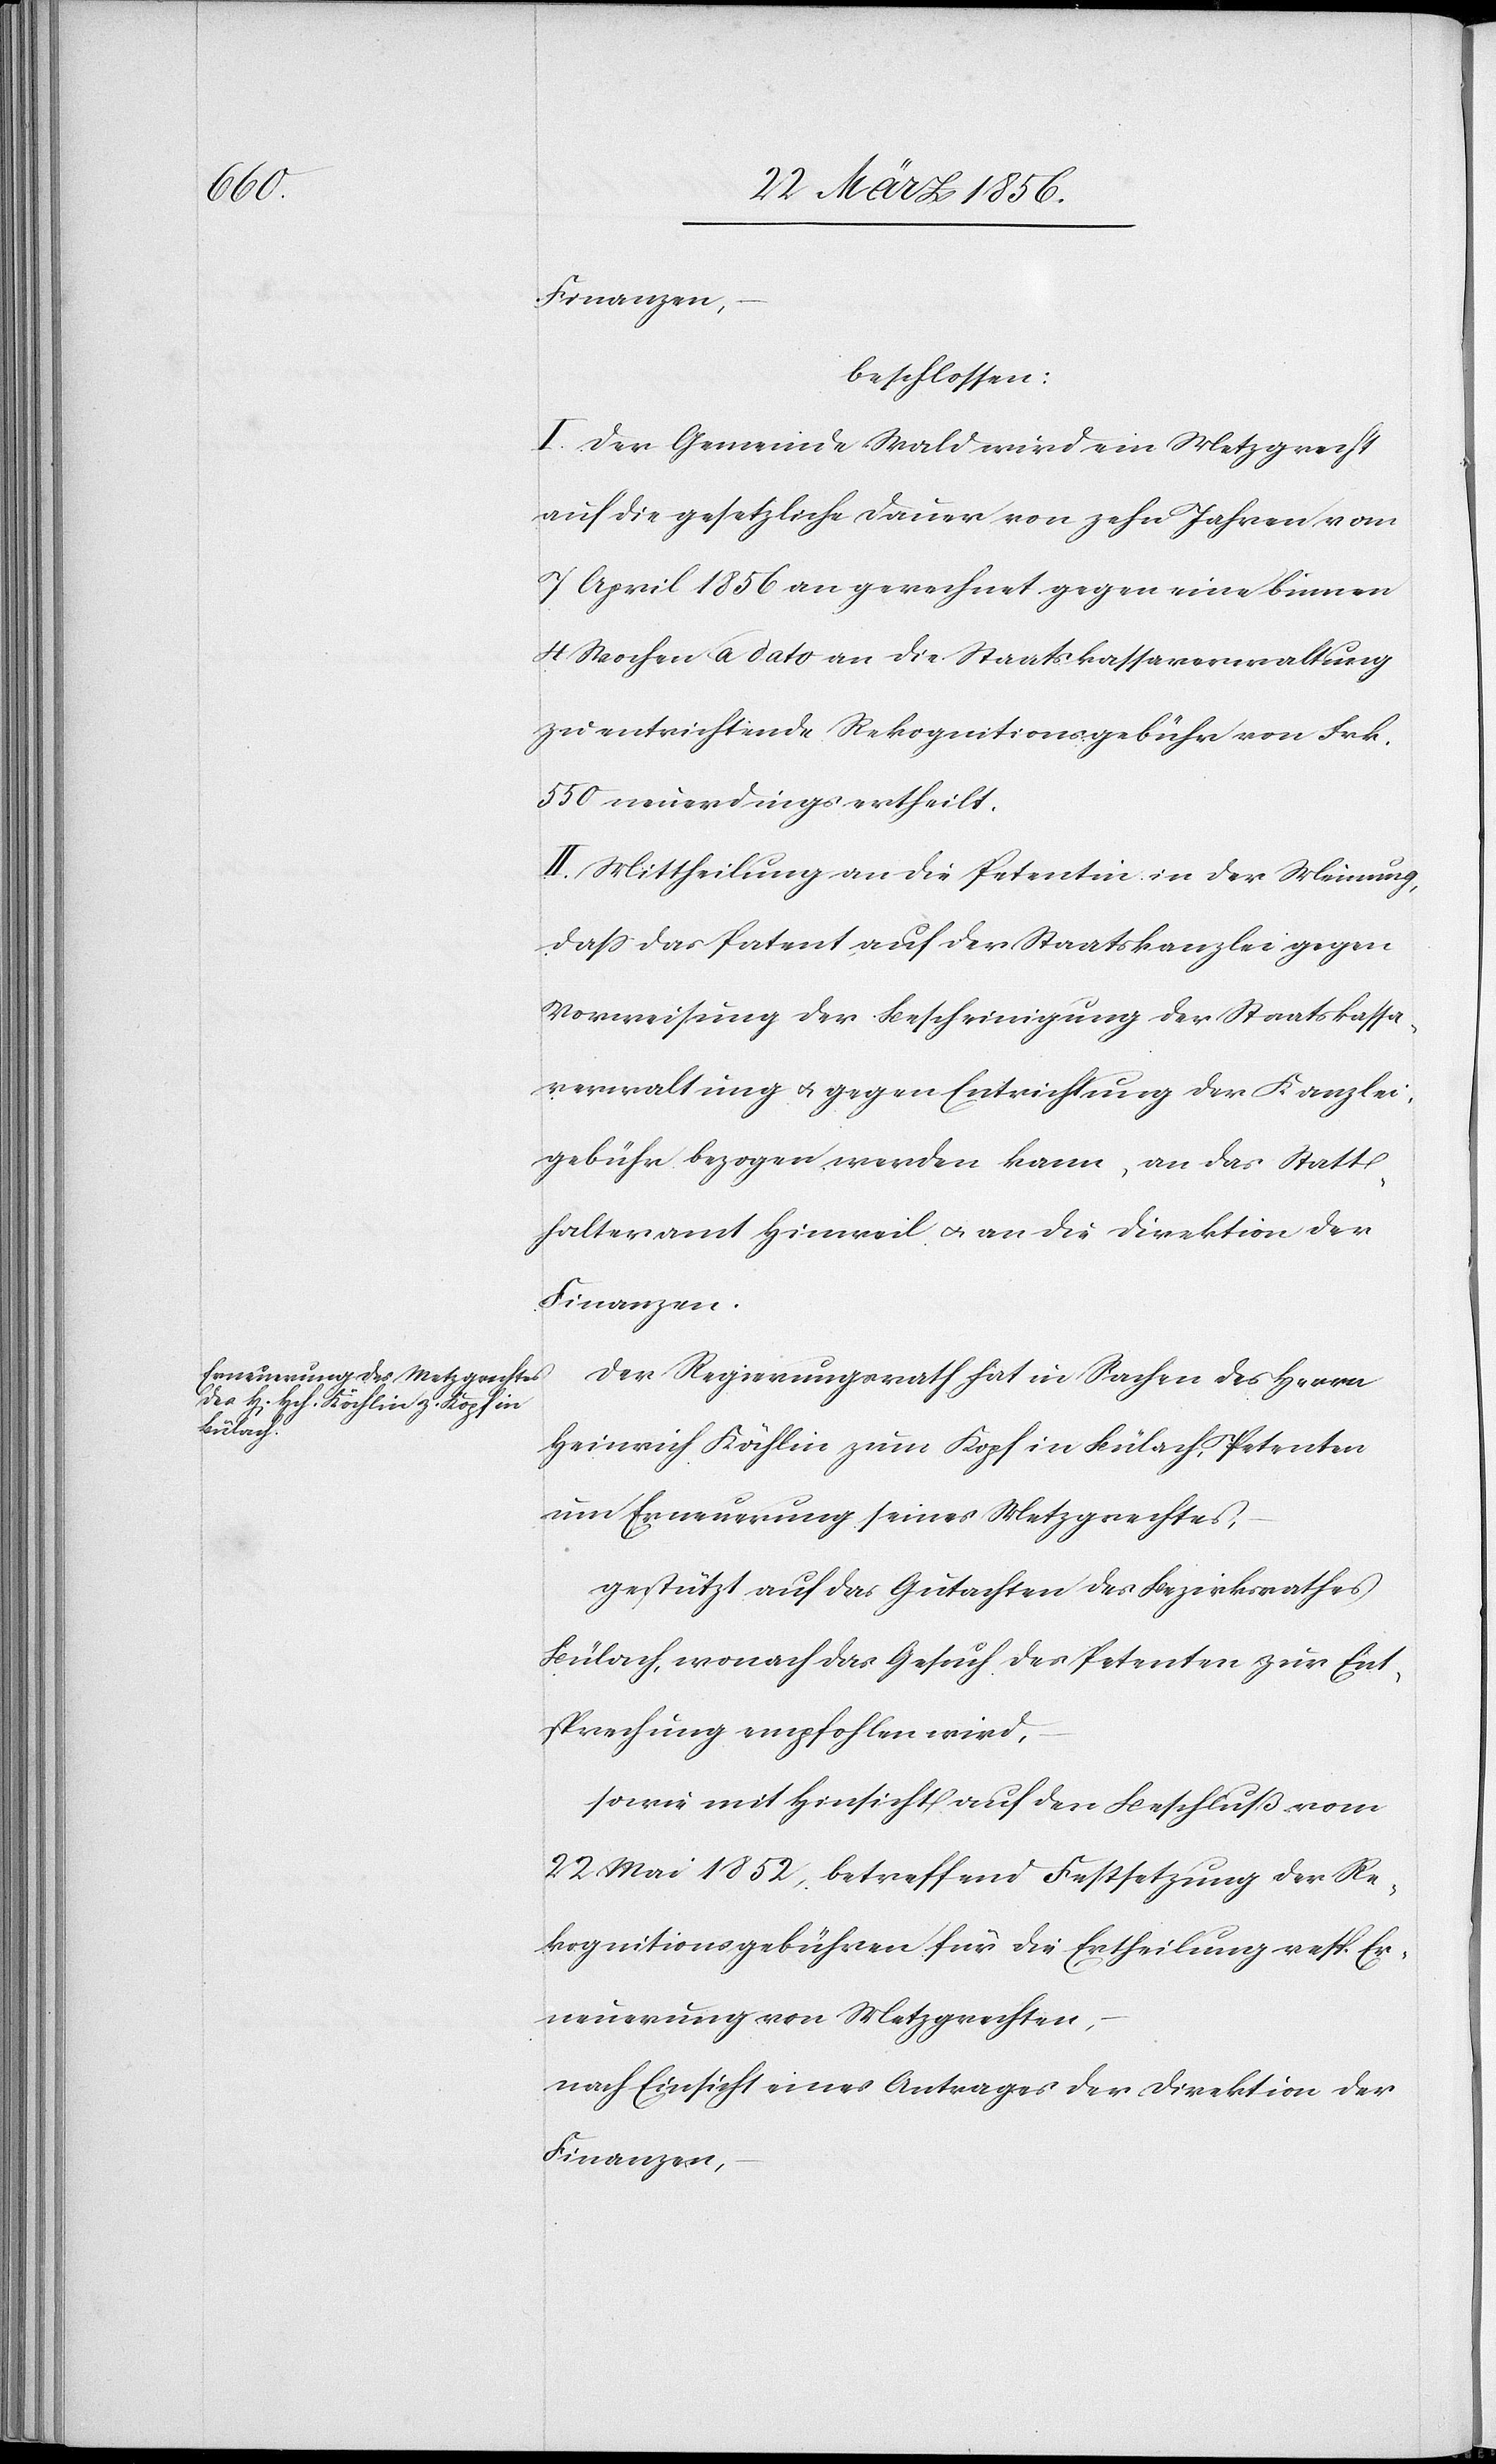
Finanzen,
beschlossen:
I. Der Gemeinde Wald wird ein Metzgrecht
auf die gesetzliche Dauer von zehn Jahren vom
7 April 1856 an gerechnet gegen eine binnen
4 Wochen a dato an die Staatskassaverwaltung
zu entrichtende Rekognitionsgebühr von Frk.
550 neuerdings ertheilt.
II. Mittheilung an die Petentin in der Meinung,
daß das Patent auf der Staatskanzlei gegen
Vorweisung der Bescheinigung der Staatskassa¬
verwaltung u. gegen Entrichtung der Kanzlei¬
gebühr bezogen werden kann, an das Statt¬
halteramt Hinweil u. an die Direktion der
Finanzen.
Der Regierungsrath hat in Sachen des Herrn
Heinrich Kählin zum Kopf in Bülach, Petenten
um Erneuerung seines Metzgrechtes,
gestützt auf das Gutachten des Bezirksrathes
Bülach, wonach das Gesuch des Petenten zur Ent¬
sprechung empfohlen wird,
sowie mit Hinsicht auf den Beschluß vom
22 Mai 1852, betreffend Festsetzung der Re¬
kognitionsgebühren für die Ertheilung resp. Er¬
neuerung von Metzgrechten,
nach Einsicht eines Antrages der Direktion der
Finanzen,